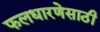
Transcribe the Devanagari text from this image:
फलधारणेसाठी